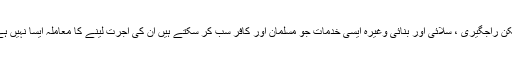
لیکن راجگیری ، سلائی اور بنائی وغیرہ ایسی خدمات جو مسلمان اور کافر سب کر سکتے ہیں ان کی اجرت لینے کا معاملہ ایسا نہیں ہے۔